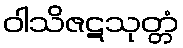
ဝါသိဇဋသုတ္တံ